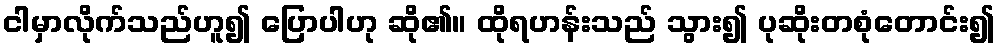
ငါမှာလိုက်သည်ဟူ၍ ပြောပါဟု ဆို၏။ ထိုရဟန်းသည် သွား၍ ပုဆိုးတစုံတောင်း၍